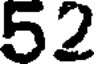
52